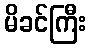
မိခင်ကြီး